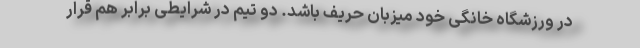
در ورزشگاه خانگی خود میزبان حریف باشد. دو تیم در شرایطی برابر هم قرار